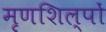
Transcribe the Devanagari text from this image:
मृणशिल्पों